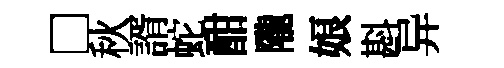
□秋諝蛇酣隴娘斟异